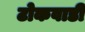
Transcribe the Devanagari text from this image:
टोकवाडी